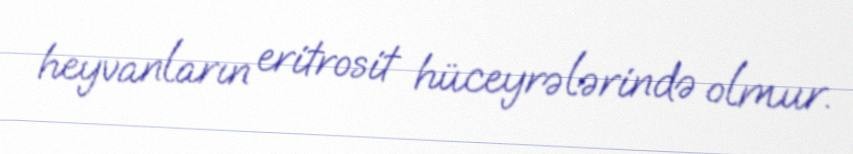
heyvanların eritrosit hüceyrələrində olmur.